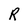
Character: R